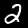
Label: 2